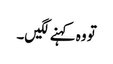
تو وہ کہنے لگیں۔